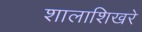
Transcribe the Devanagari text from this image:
शालाशिखरे